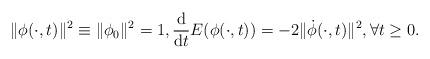
LaTeX: \begin{align*}\|\phi(\cdot,t)\|^2\equiv\|\phi_0\|^2=1,\frac{\mathrm{d}}{\mathrm{d}t}E(\phi(\cdot,t))=-2\|\dot{\phi}(\cdot,t)\|^2,\forall t\geq0.\end{align*}